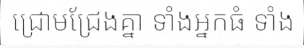
ជ្រោមជ្រែងគ្នា ទាំងអ្នកធំ ទាំង